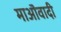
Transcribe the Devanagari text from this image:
माऒवादी